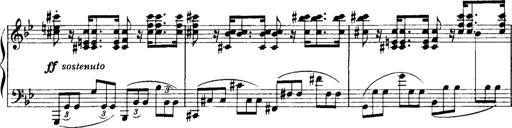
Title: Historische ungarische Bildnisse
Composer: Franz Liszt